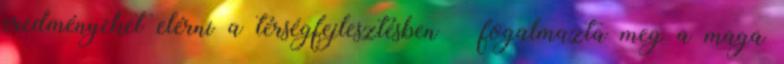
eredményeket elérni a térségfejlesztésben – fogalmazta meg a maga